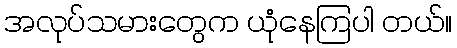
အလုပ်သမားတွေက ယုံနေကြပါ တယ်။